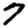
Digit: 7